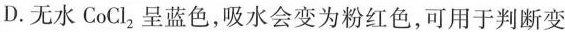
D. 无水CoCl_{2}呈蓝色，吸水会变为粉红色，可用于判断变